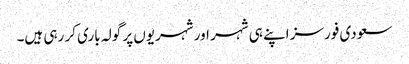
سعودی فورسز اپنے ہی شہر اور شہریوں پر گولہ باری کر رہی ہیں۔